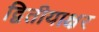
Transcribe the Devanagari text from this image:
द्वितीयाक्षर